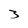
Character: 3